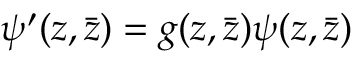
\psi ^ { \prime } ( z , \bar { z } ) = g ( z , \bar { z } ) \psi ( z , \bar { z } )